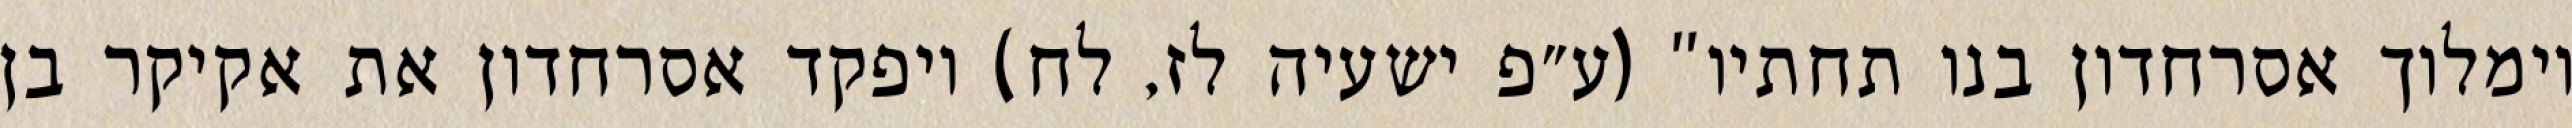
וימלוך אסרחדון בנו תחתיו" (ע״פ ישעיה לז, לח) ויפקד אסרחדון את אקיקר בן